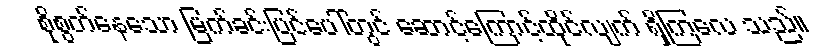
စိုစွတ်နေသော မြက်ခင်းပြင်ပေါ်တွင် ဆောင့်ကြောင့်ထိုင်လျက် ရှိကြလေ သည်။